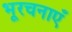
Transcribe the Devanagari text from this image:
भूरचनाएँ